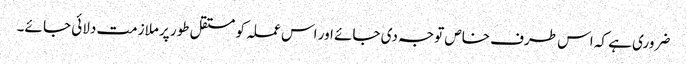
ضروری ہے کہ اس طرف خاص توجہ دی جائے اور اس عملہ کو مستقل طور پر ملازمت دلائی جا ئے۔